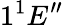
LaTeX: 1^{1}E^{\prime\prime}